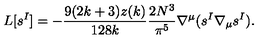
L [ s ^ { I } ] = - \frac { 9 ( 2 k + 3 ) z ( k ) } { 1 2 8 k } \frac { 2 N ^ { 3 } } { \pi ^ { 5 } } \nabla ^ { \mu } ( s ^ { I } \nabla _ { \mu } s ^ { I } ) .